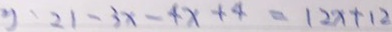
y \cdot 2 1 - 3 x - 4 x + 4 = 1 2 x + 1 2